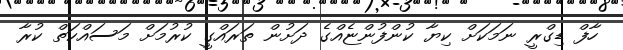
ހާފް ޑިގްރީ ނަމަކަށް ކިޔާ ކުންފުންޏެއްގެ ދަށުން ތަރައްގީ ކުރުމަށް މަސައްކަތް ކުރާ